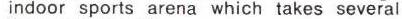
indoor sports arena which takes several